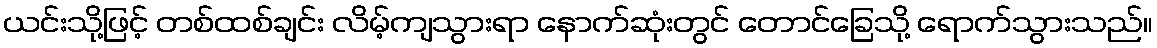
ယင်းသို့ဖြင့် တစ်ထစ်ချင်း လိမ့်ကျသွားရာ နောက်ဆုံးတွင် တောင်ခြေသို့ ရောက်သွားသည်။